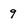
Character: 9